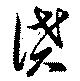
貨